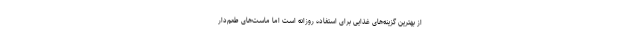
از بهترین گزینه‌های غذایی برای استفاده روزانه است اما ماست‌های طعم‌دار